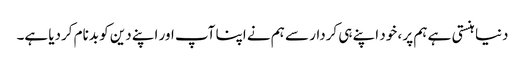
دنیا ہنستی ہے ہم پر ، خود اپنے ہی کردار سے ہم نے اپنا آپ اور اپنے دین کو بدنام کردیا ہے۔